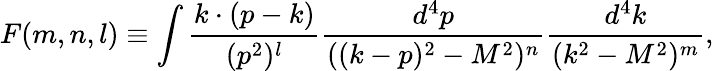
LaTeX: F(m,n,l)\equiv\int{\frac{k\cdot(p-k)}{(p^{2})^{l}}\frac{d^{4}p}{((k-p)^{2}-M^{2})^{n}}\frac{d^{4}k}{(k^{2}-M^{2})^{m}}},